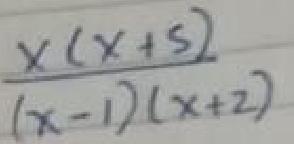
\[\frac{x(x + 5)}{(x - 1)(x + 2)}\]